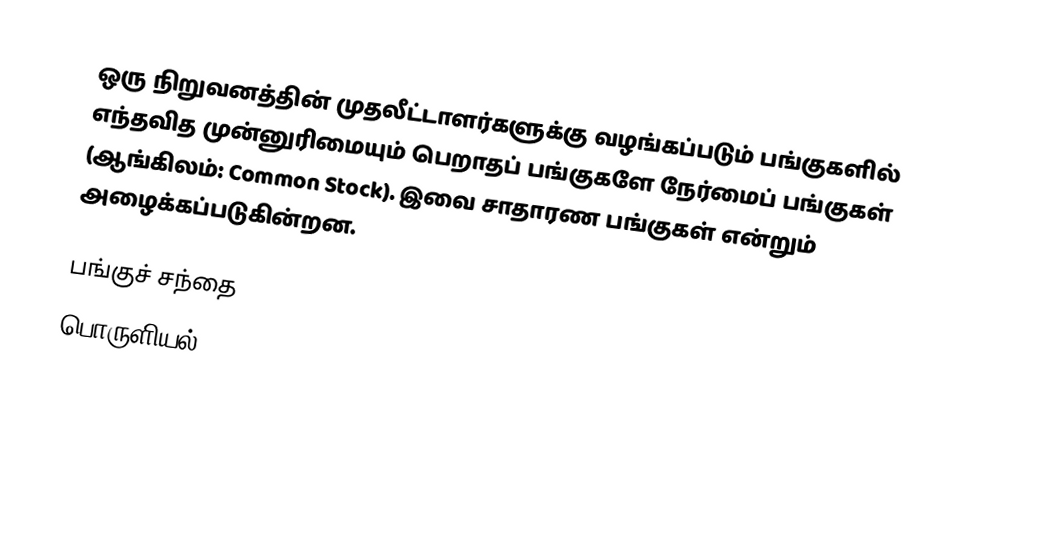
ஒரு நிறுவனத்தின் முதலீட்டாளர்களுக்கு வழங்கப்படும் பங்குகளில் எந்தவித முன்னுரிமையும் பெறாதப் பங்குகளே நேர்மைப் பங்குகள் (ஆங்கிலம்: Common Stock). இவை சாதாரண பங்குகள் என்றும் அழைக்கப்படுகின்றன.

பங்குச் சந்தை
பொருளியல்